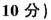
1 0 分$$)